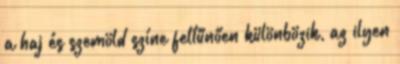
a haj és szemöld színe feltűnően különbözik, az ilyen